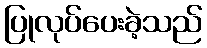
ပြုလုပ်ပေးခဲ့သည်